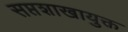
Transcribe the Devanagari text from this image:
सप्तशाखायुक्त